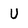
Character: U